Proceedings of the meeting of veterinary officers in India
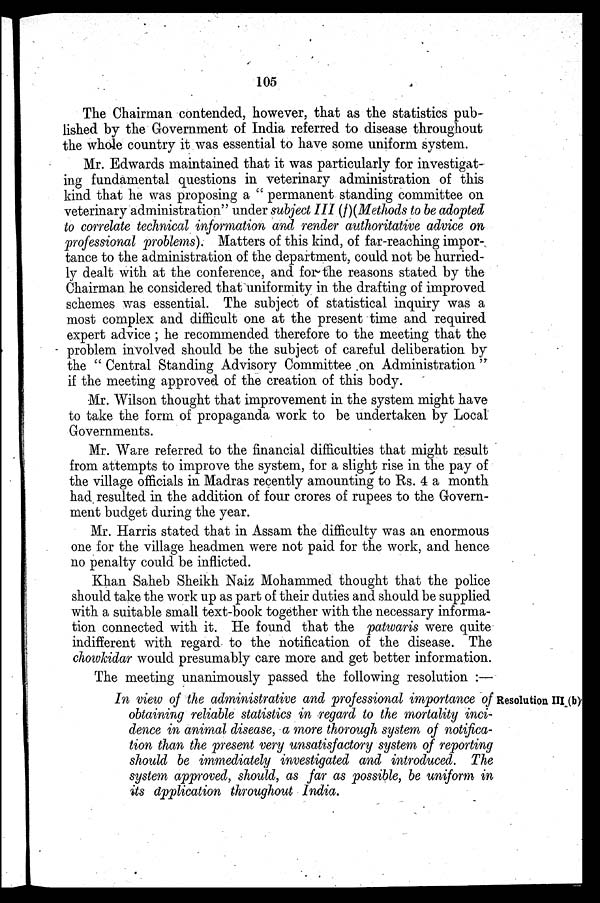
105
The Chairman contended, however, that as the statistics pub-
lished by the Government of India referred to disease throughout
the whole country it was essential to have some uniform system.
Mr. Edwards maintained that it was particularly for investigat-
ing fundamental questions in veterinary administration of this
kind that he was proposing a " permanent standing committee on
veterinary administration" under subject III (f)(Methods to be adopted
to correlate technical information and render authoritative advice on
professional problems). Matters of this kind, of far-reaching impor-,
tance to the administration of the department, could not be hurried-
ly dealt with at the conference, and for the reasons stated by the
Chairman he considered that uniformity in the drafting of improved
schemes was essential. The subject of statistical inquiry was a
most complex and difficult one at the present time and required
expert advice ; he recommended therefore to the meeting that the
problem involved should be the subject of careful deliberation by
the " Central Standing Advisory Committee on Administration "
if the meeting approved of the creation of this body.
Mr. Wilson thought that improvement in the system might have
to take the form of propaganda work to be undertaken by Local
Governments.
Mr. Ware referred to the financial difficulties that might result
from attempts to improve the system, for a slight rise in the pay of
the village officials in Madras recently amounting to Rs. 4 a month
had resulted in the addition of four crores of rupees to the Govern-
ment budget during the year.
Mr. Harris stated that in Assam the difficulty was an enormous
one for the village headmen were not paid for the work, and hence
no penalty could be inflicted.
Khan Saheb Sheikh Naiz Mohammed thought that the police
should take the work up as part of their duties and should be supplied
with a suitable small text-book together with the necessary informa-
tion connected with it. He found that the patwaris were quite
indifferent with regard to the notification of the disease. The
chowkidar would presumably care more and get better information.
The meeting unanimously passed the following resolution :—
Resolution III (b)
In view of the administrative and professional importance of
obtaining reliable statistics in regard to the mortality inci-
dence in animal disease, a more thorough system of notifica-
tion than the present very unsatisfactory system of reporting
should be immediately investigated and introduced. The
system approved, should, as far as possible, be uniform in
its application throughout India.